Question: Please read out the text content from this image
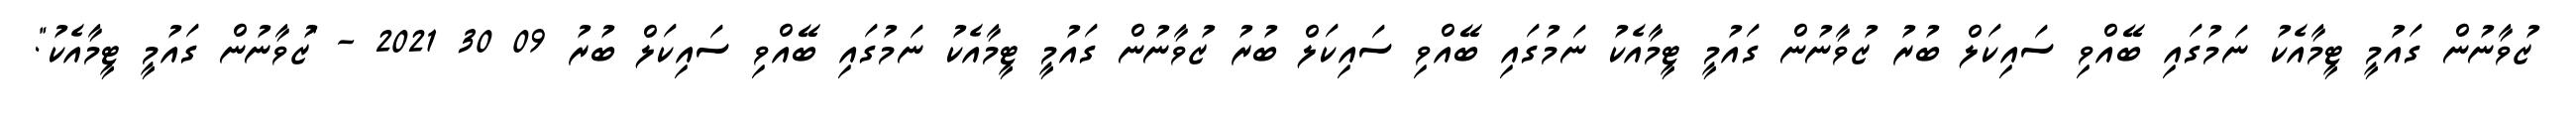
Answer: ޒުވާނުން ގައުމީ ޓީމާއެކު ނަމުގައި ބޭއްވި ސައިކަލް ބުރު ޒުވާނުން ގައުމީ ޓީމާއެކު ނަމުގައި ބޭއްވި ސައިކަލް ބުރު ޒުވާނުން ގައުމީ ޓީމާއެކު ނަމުގައި ބޭއްވި ސައިކަލް ބުރު 09 30 2021 - "ޒުވާނުން ގައުމީ ޓީމާއެކު".